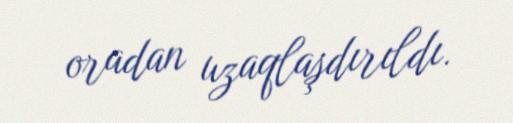
oradan uzaqlaşdırıldı.